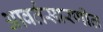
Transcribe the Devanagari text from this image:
आवर्तसारणीत